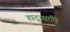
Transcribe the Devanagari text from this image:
ह्यद्य्यापि